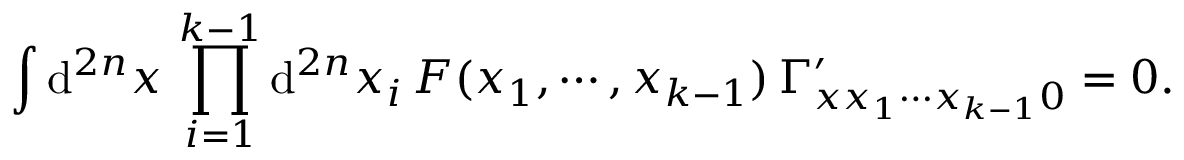
\int \mathrm { d } ^ { 2 n } x \, \prod _ { i = 1 } ^ { k - 1 } \mathrm { d } ^ { 2 n } x _ { i } \, F ( x _ { 1 } , \cdots , x _ { k - 1 } ) \, \Gamma _ { x x _ { 1 } \cdots x _ { k - 1 } 0 } ^ { \prime } = 0 .